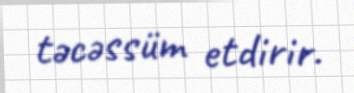
təcəssüm etdirir.